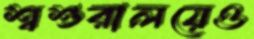
শ্বশুরালয়েও